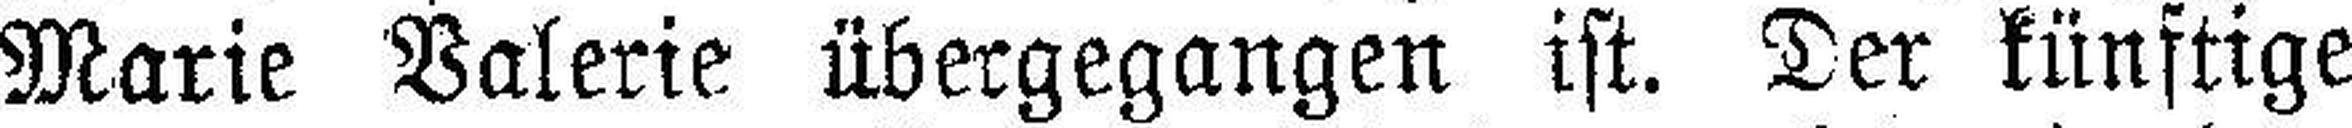
Marie Valerie übergegangen ist. Der künftige